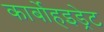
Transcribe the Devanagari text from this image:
कार्बोहइड्रेट